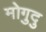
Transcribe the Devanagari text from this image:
मोगुदु